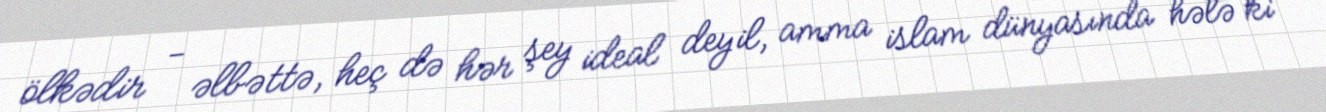
ölkədir - əlbəttə, heç də hər şey ideal deyil, amma islam dünyasında hələ ki